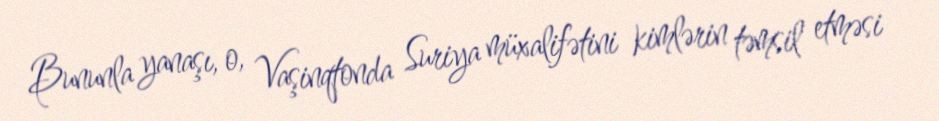
Bununla yanaşı, o, Vaşinqtonda Suriya müxalifətini kimlərin təmsil etməsi